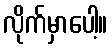
လိုက်မှာပေါ့။